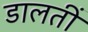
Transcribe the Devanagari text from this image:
डालतीं